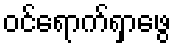
ဝင်ရောက်ရှာဖွေ